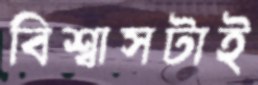
বিশ্বাসটাই